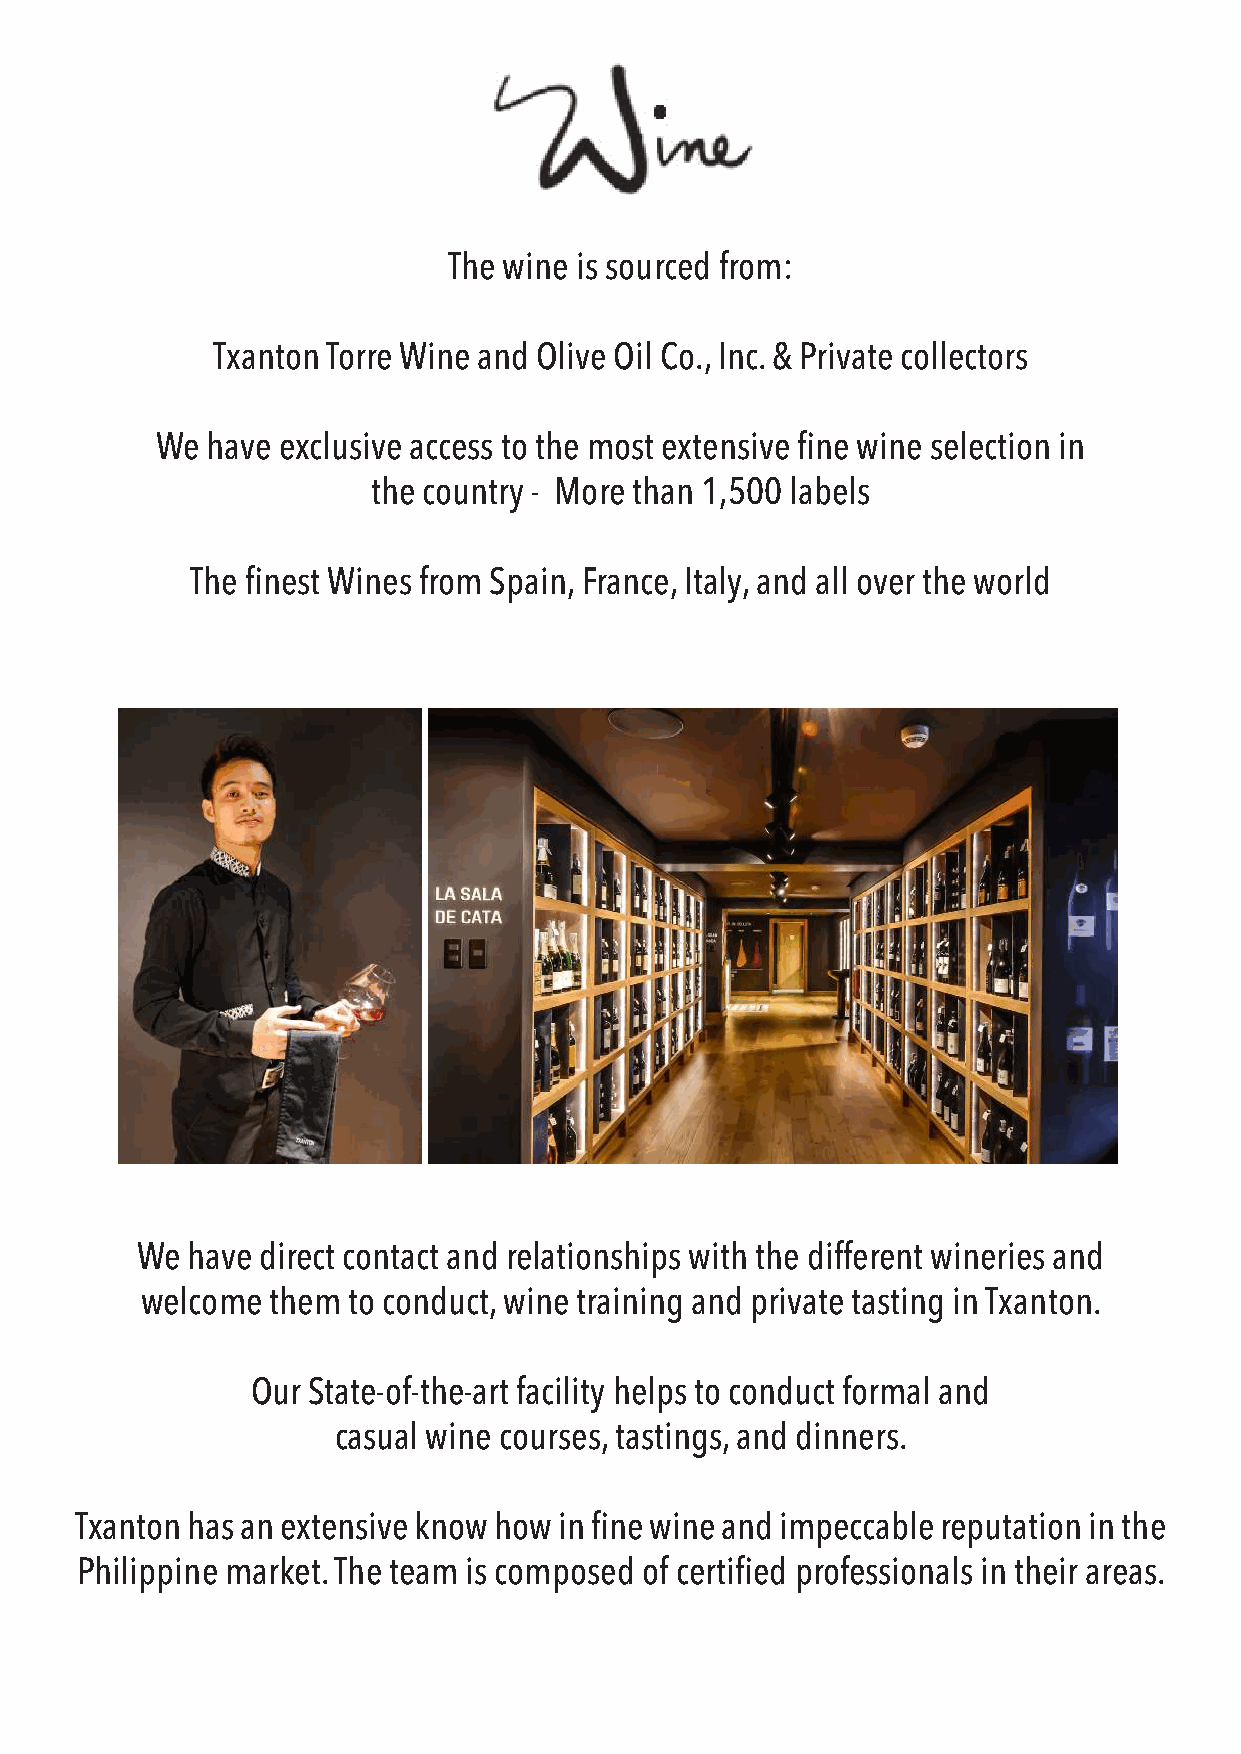
The wine is sourced from:
 Txanton Torre Wine and Olive Oil Co., Inc. & Private collectors
 We  have exclusive access to the most extensive fine wine selection in
 the country - More than 1,500 labels
 The finest Wines from Spain, France, Italy, and all over the world
 We have direct contact and relationships with the different wineries and
 welcome  them to conduct, wine training and private tasting in Txanton.
 Our State-of-the-art facility helps to conduct formal and
 casual wine courses, tastings, and dinners.
 Txanton has an extensive know how in fine wine and impeccable reputation in the
 Philippine market. The team is composed of certified professionals in their areas.